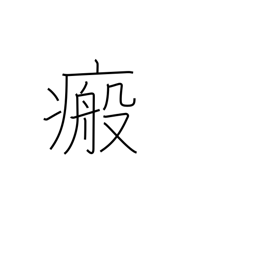
Meaning: scar